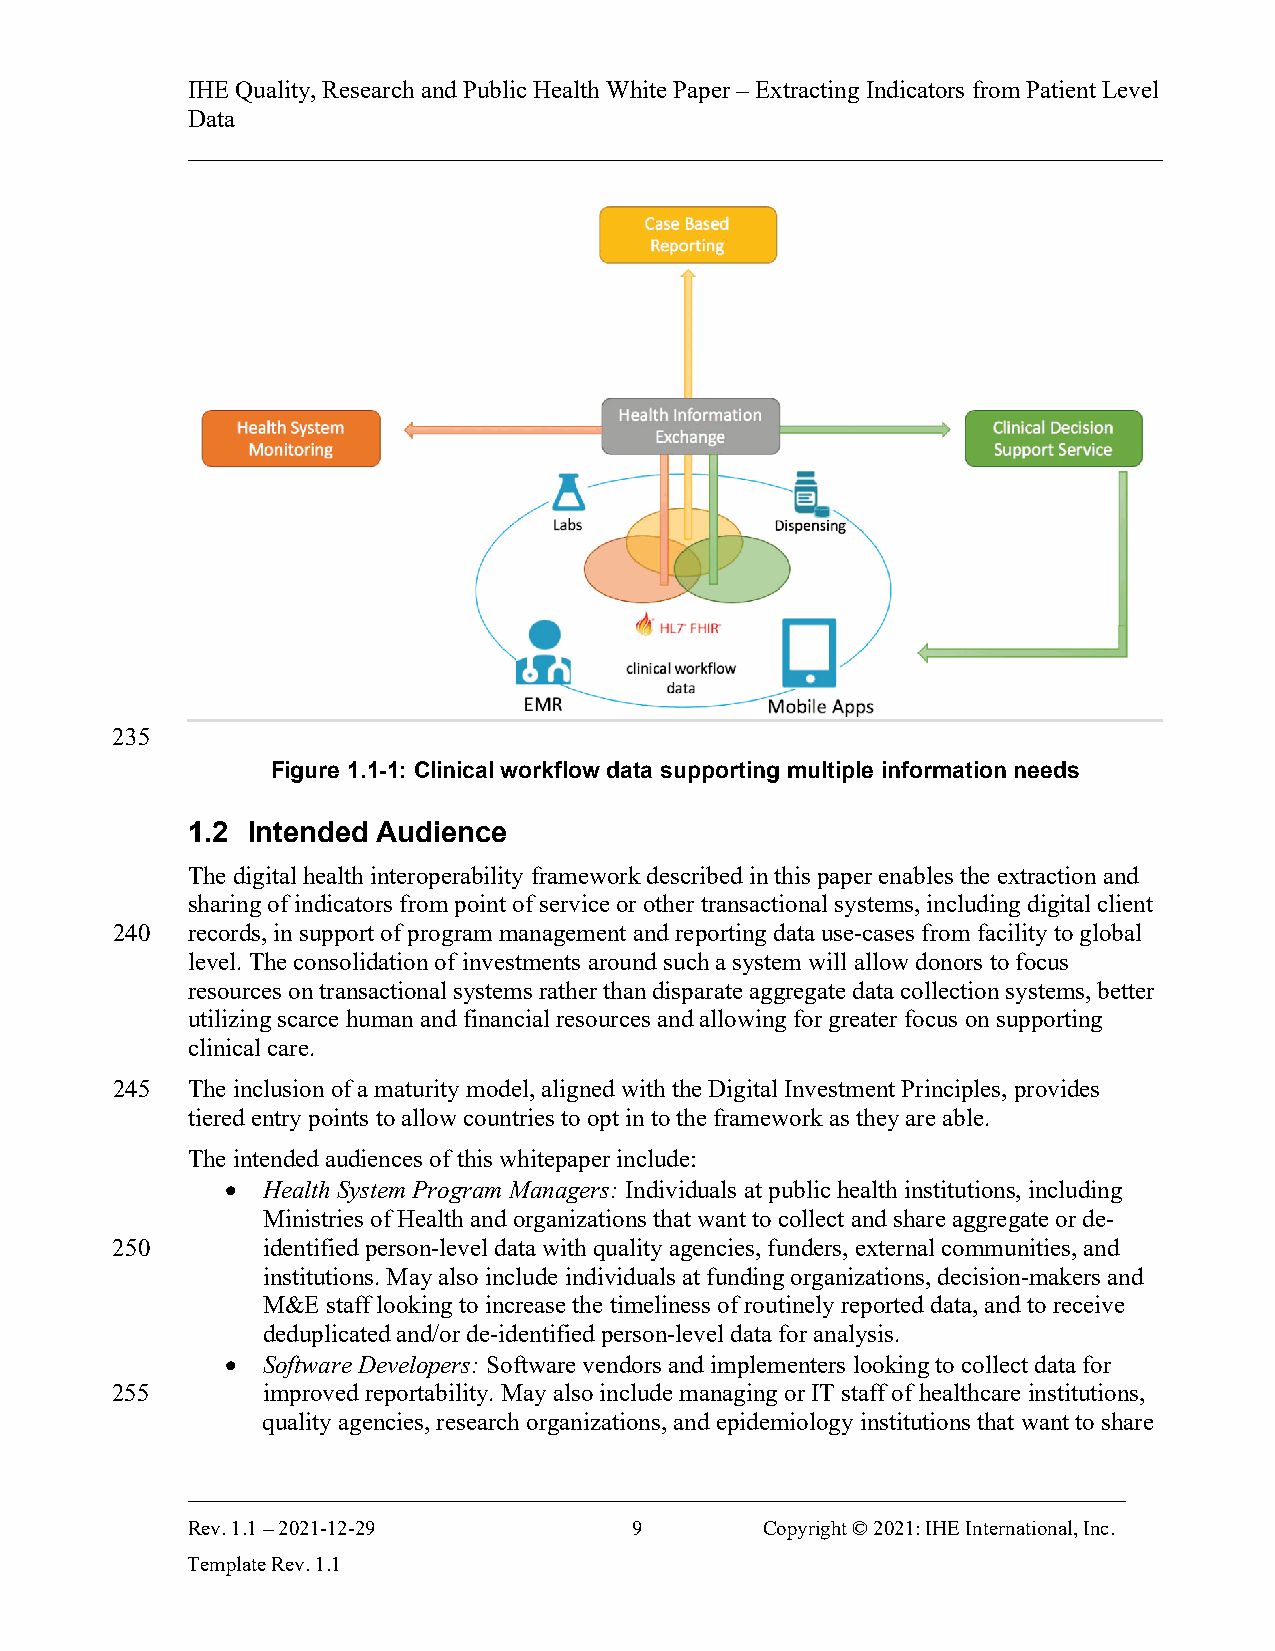
IHE Quality, Research and Public Health White Paper – Extracting Indicators from Patient Level
 Data
 ______________________________________________________________________________
 235
 Figure 1.1-1: Clinical workflow data supporting multiple information needs
 1.2 Intended Audience
 The digital health interoperability framework described in this paper enables the extraction and
 sharing of indicators from point of service or other transactional systems, including digital client
 240  records, in support of program management and reporting data use-cases from facility to global
 level. The consolidation of investments around such a system will allow donors to focus
 resources on transactional systems rather than disparate aggregate data collection systems, better
 utilizing scarce human and financial resources and allowing for greater focus on supporting
 clinical care.
 245  The inclusion of a maturity model, aligned with the Digital Investment Principles, provides
 tiered entry points to allow countries to opt in to the framework as they are able.
 The intended audiences of this whitepaper include:
 • Health System Program Managers: Individuals at public health institutions, including
 Ministries of Health and organizations that want to collect and share aggregate or de-
 250       identified person-level data with quality agencies, funders, external communities, and
 institutions. May also include individuals at funding organizations, decision-makers and
 M&E  staff looking to increase the timeliness of routinely reported data, and to receive
 deduplicated and/or de-identified person-level data for analysis.
 • Software Developers: Software vendors and implementers looking to collect data for
 255       improved reportability. May also include managing or IT staff of healthcare institutions,
 quality agencies, research organizations, and epidemiology institutions that want to share
 ___________________________________________________________________________
 Rev. 1.1 – 2021-12-29         9       Copyright © 2021: IHE International, Inc.
 Template Rev. 1.1